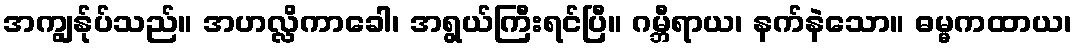
အကျွန်ုပ်သည်။ အဟလ္လိကာခေါ၊ အရွယ်ကြီးရင်ပြီ။ ဂမ္ဘီရာယ၊ နက်နဲသော။ ဓမ္မကထာယ၊